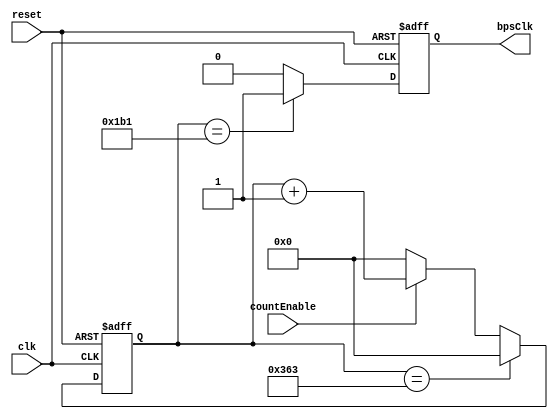
module BpsClkGen
// 
#(
	parameter CLKFREQ = 100_000_000,// in hz
	parameter BAUDRATE = 115200,
	parameter bpsWIDTH = 14
)

(
	input clk,
	input reset,
	input countEnable,//bpsCount0
	output bpsClk//bps
);

	// 
	reg [bpsWIDTH - 1:0] bps = CLKFREQ / BAUDRATE;
	
	// 
	reg [bpsWIDTH - 1:0] bpsCount = 1'd0;
	always @ (posedge clk or negedge reset)
	begin
		if (!reset)
			bpsCount <= 1'd0;
		else if (bpsCount == (bps - 1))
			bpsCount <= 1'd0;
		else if (countEnable)
			bpsCount <= bpsCount + 1'd1;
		else
			bpsCount <= 1'd0;
	end

	// 
	wire [bpsWIDTH - 2:0] BPS_CLK_V = (bps >> 1);
	reg bpsClkEnable;
	always @(posedge clk or negedge reset)
	begin
		if (!reset)
			bpsClkEnable <= 1'd0;
		else if (bpsCount == BPS_CLK_V - 1)
			bpsClkEnable <= 1'd1;
		else
			bpsClkEnable <= 1'd0;
	end

	assign bpsClk = bpsClkEnable;
	
endmodule